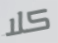
كلا